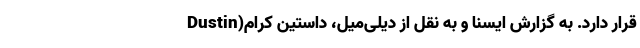
قرار دارد. به گزارش ایسنا و به نقل از دیلی‌میل، داستین کرام(Dustin